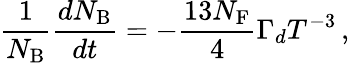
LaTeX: \frac{1}{N_{\mathrm{B}}}\frac{dN_{\mathrm{B}}}{dt}=-\frac{13N_{\mathrm{F}}}{4}\Gamma_{d}T^{-3}\, ,